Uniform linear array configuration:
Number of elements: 4
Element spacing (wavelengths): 0.5
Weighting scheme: uniform
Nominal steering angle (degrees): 0
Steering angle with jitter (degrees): -1.154
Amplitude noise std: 0.05
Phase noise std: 0.05

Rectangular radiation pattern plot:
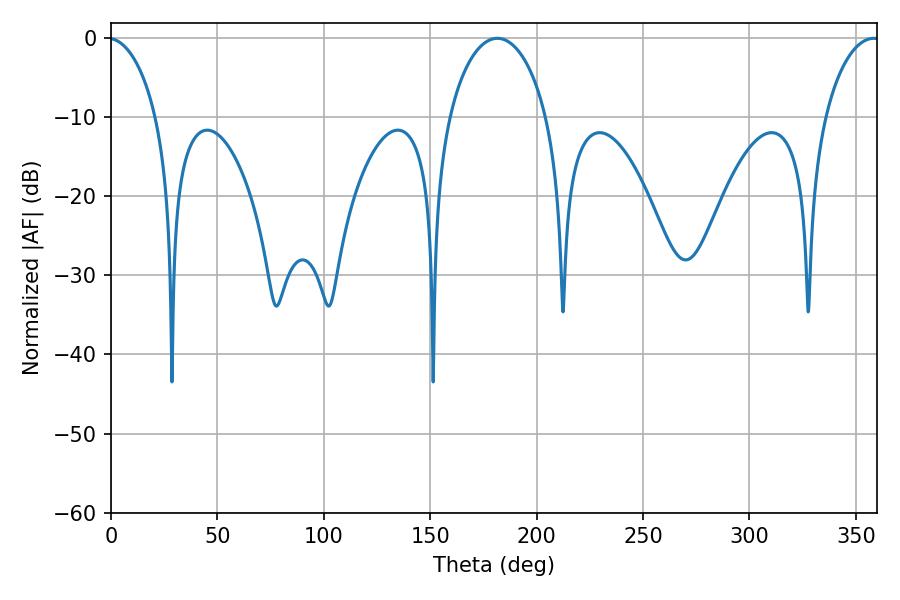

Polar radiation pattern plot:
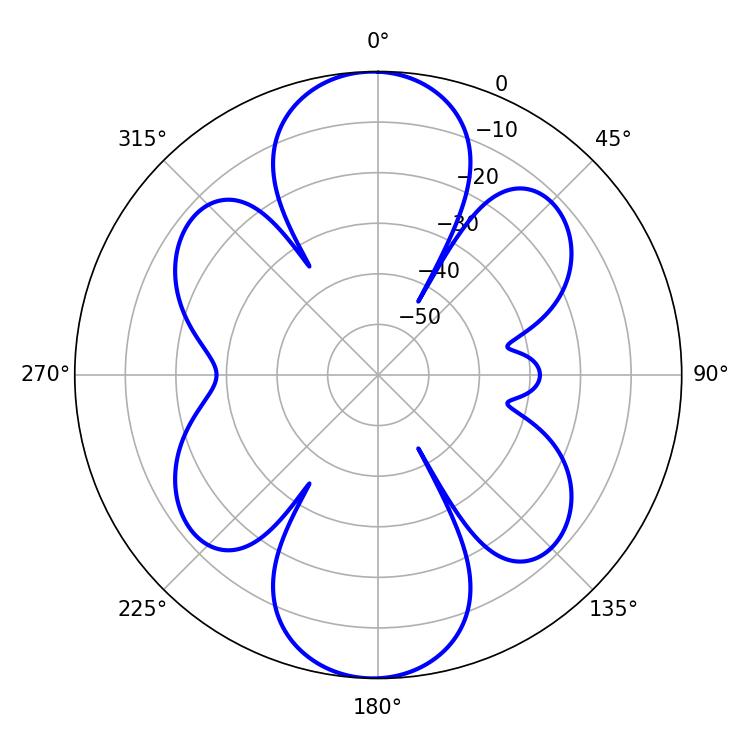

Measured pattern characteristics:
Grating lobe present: FALSE
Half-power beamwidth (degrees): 14.76
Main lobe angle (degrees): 358.38